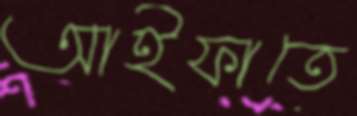
আইফাতে